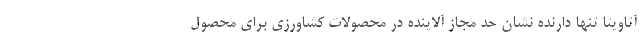
آتاویتا تنها دارنده نشان حد مجاز آلاینده در محصولات کشاورزی برای محصول